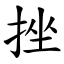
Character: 挫